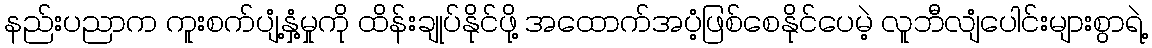
နည်းပညာက ကူးစက်ပျံ့နှံ့မှုကို ထိန်းချုပ်နိုင်ဖို့ အထောက်အပံ့ဖြစ်စေနိုင်ပေမဲ့ လူဘီလျံပေါင်းများစွာရဲ့